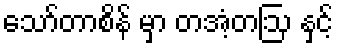
သော်တာစိန် မှာ တအံ့တဩ နှင့်